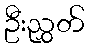
ဦးညွှတ်